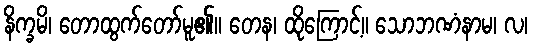
နိက္ခမိ၊ တောထွက်တော်မူ၏။ တေန၊ ထိုကြောင့်။ သောဘဏံနာမ၊ လ၊